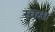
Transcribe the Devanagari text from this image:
स्वसा